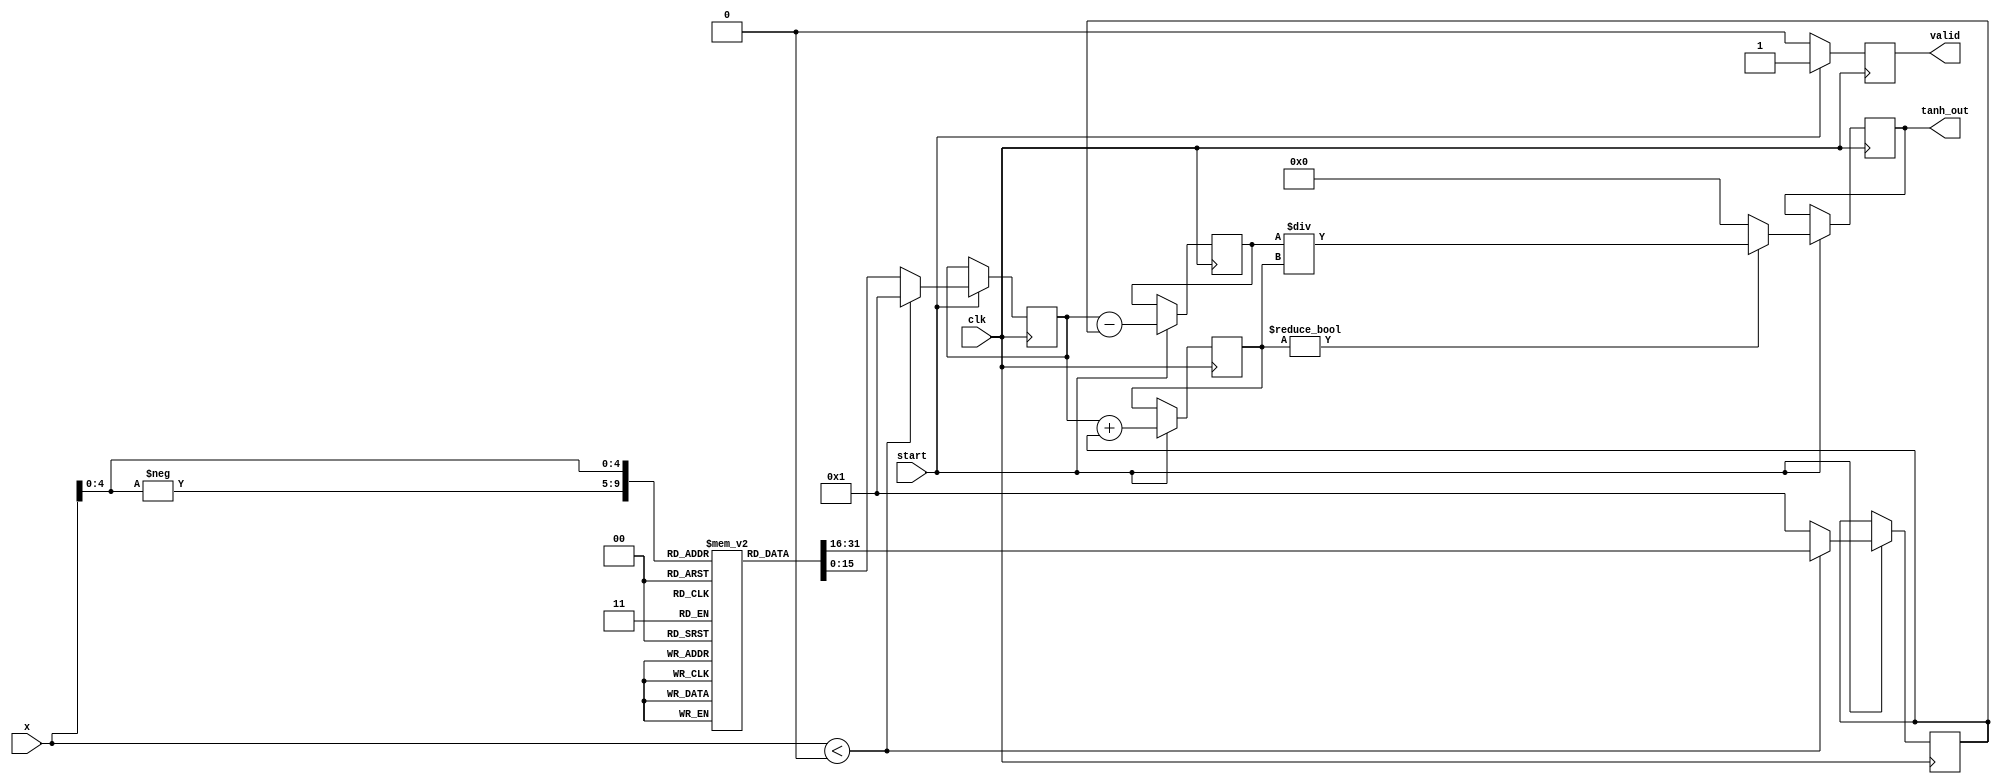
module tanh_block (
    input wire [15:0] x,        // 16-bit signed input
    input wire clk,             // Clock signal
    input wire start,           // Start signal for computation
    output reg [15:0] tanh_out, // 16-bit signed output
    output reg valid            // Valid output signal
);

    reg [15:0] exp_x;          // Exponential of x
    reg [15:0] exp_neg_x;      // Exponential of -x
    reg [15:0] numerator;       // e^x - e^(-x)
    reg [15:0] denominator;     // e^x + e^(-x)

    // Simple exponential approximation using a lookup table
    reg [15:0] exp_lut [0:31]; // Lookup table for e^x for x in [0, 31]
    
    initial begin
        // Populate the lookup table with pre-computed values of e^x
        exp_lut[0]  = 16'd1; // e^0
        exp_lut[1]  = 16'd2718; // e^1 * scaling factor
        exp_lut[2]  = 16'd14841; // e^2
        exp_lut[3]  = 16'd40343; // e^3
        // ... Fill in the table according to the desired precision
        exp_lut[30] = 16'd106864745820; // example for large x
        exp_lut[31] = 16'd0; // Large x leads to overflow
    end

    always @(posedge clk) begin
        if (start) begin
            // Compute e^x
            if (x < 0) begin
                exp_x <= 16'd1; // for x < 0, set to 1
                exp_neg_x <= exp_lut[-x]; // Lookup for e^(-x)
            end else begin
                exp_x <= exp_lut[x]; // Lookup for e^(x)
                exp_neg_x <= 16'd1; // for x >= 0, set to 1
            end
            
            // Compute numerator and denominator
            numerator <= exp_x - exp_neg_x;
            denominator <= exp_x + exp_neg_x;

            // Avoid division by zero
            if (denominator != 0) begin
                tanh_out <= numerator / denominator; // Compute tanh
            end else begin
                tanh_out <= 16'd0; // Define behavior for division by zero
            end

            valid <= 1'b1; // Indicate valid output
        end else begin
            valid <= 1'b0; // Reset valid signal
        end
    end
endmodule